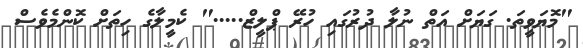
"މޮޔަވީތަ. ގަޔަށް އަތް ނުލާ ދުރުގައި ހުރޭ ޕްލީޒް....." ކެމީލާގެ ހިތަށް ކޮންމެވެސް